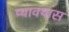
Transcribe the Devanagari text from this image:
प्यावयास